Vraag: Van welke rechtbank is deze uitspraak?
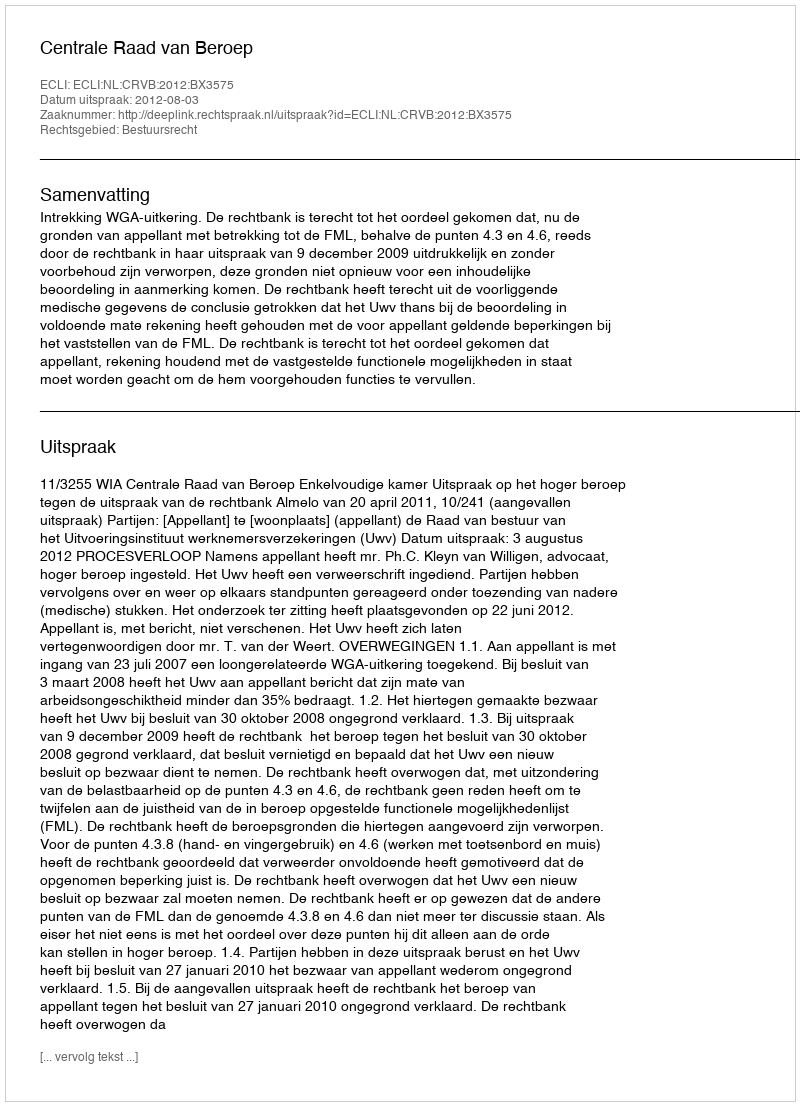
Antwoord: Centrale Raad van Beroep